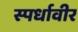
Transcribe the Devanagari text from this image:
स्पर्धावीर